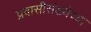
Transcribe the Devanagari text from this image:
प्रवासीसंख्येच्या